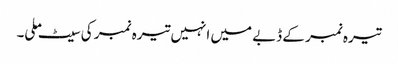
تیرہ نمبر کے ڈبے میں انہیں تیرہ نمبر کی سیٹ ملی۔